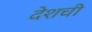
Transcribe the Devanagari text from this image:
देशची